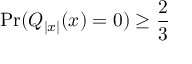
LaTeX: \mathrm { P r } ( Q _ { | x | } ( x ) = 0 ) \geq { \frac { 2 } { 3 } }